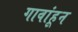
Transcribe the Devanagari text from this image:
गावांहून